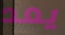
يعد